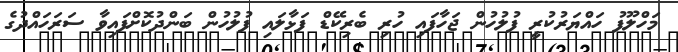
މަހްލޫފު ހައްޔަރުކުރީ ފުލުހުން ޖަހާފައި ހުރި ބެރިކޭޑް ފަޅާލައި ފުލުހުން ބަންދުކޮށްފައިވާ ސަރަހައްދުގެ